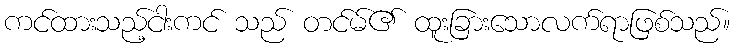
ကင်ထားသည့်ငါးကင် သည် တင်မ်၏ ထူးခြားသောလက်ရာဖြစ်သည်။